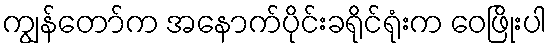
ကျွန်တော်က အနောက်ပိုင်းခရိုင်ရုံးက ဝေဖြိုးပါ